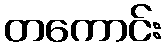
တကောင်း